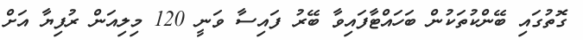
ގޮތުގައި ބޭންކުތަކުން ބަހައްޓާފައިވާ ބޭރު ފައިސާ ވަނީ 120 މިލިއަން ރުފިޔާ އަށް